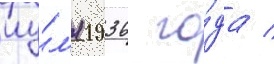
иу́л'я 1936 го́да /